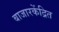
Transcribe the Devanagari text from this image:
बाजारकेंद्रित